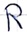
Text: R